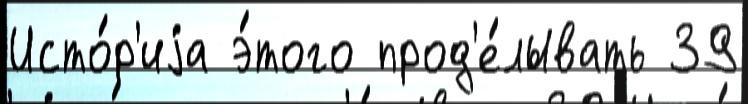
Исто́р'иjа э́того прод'е́лывать 39